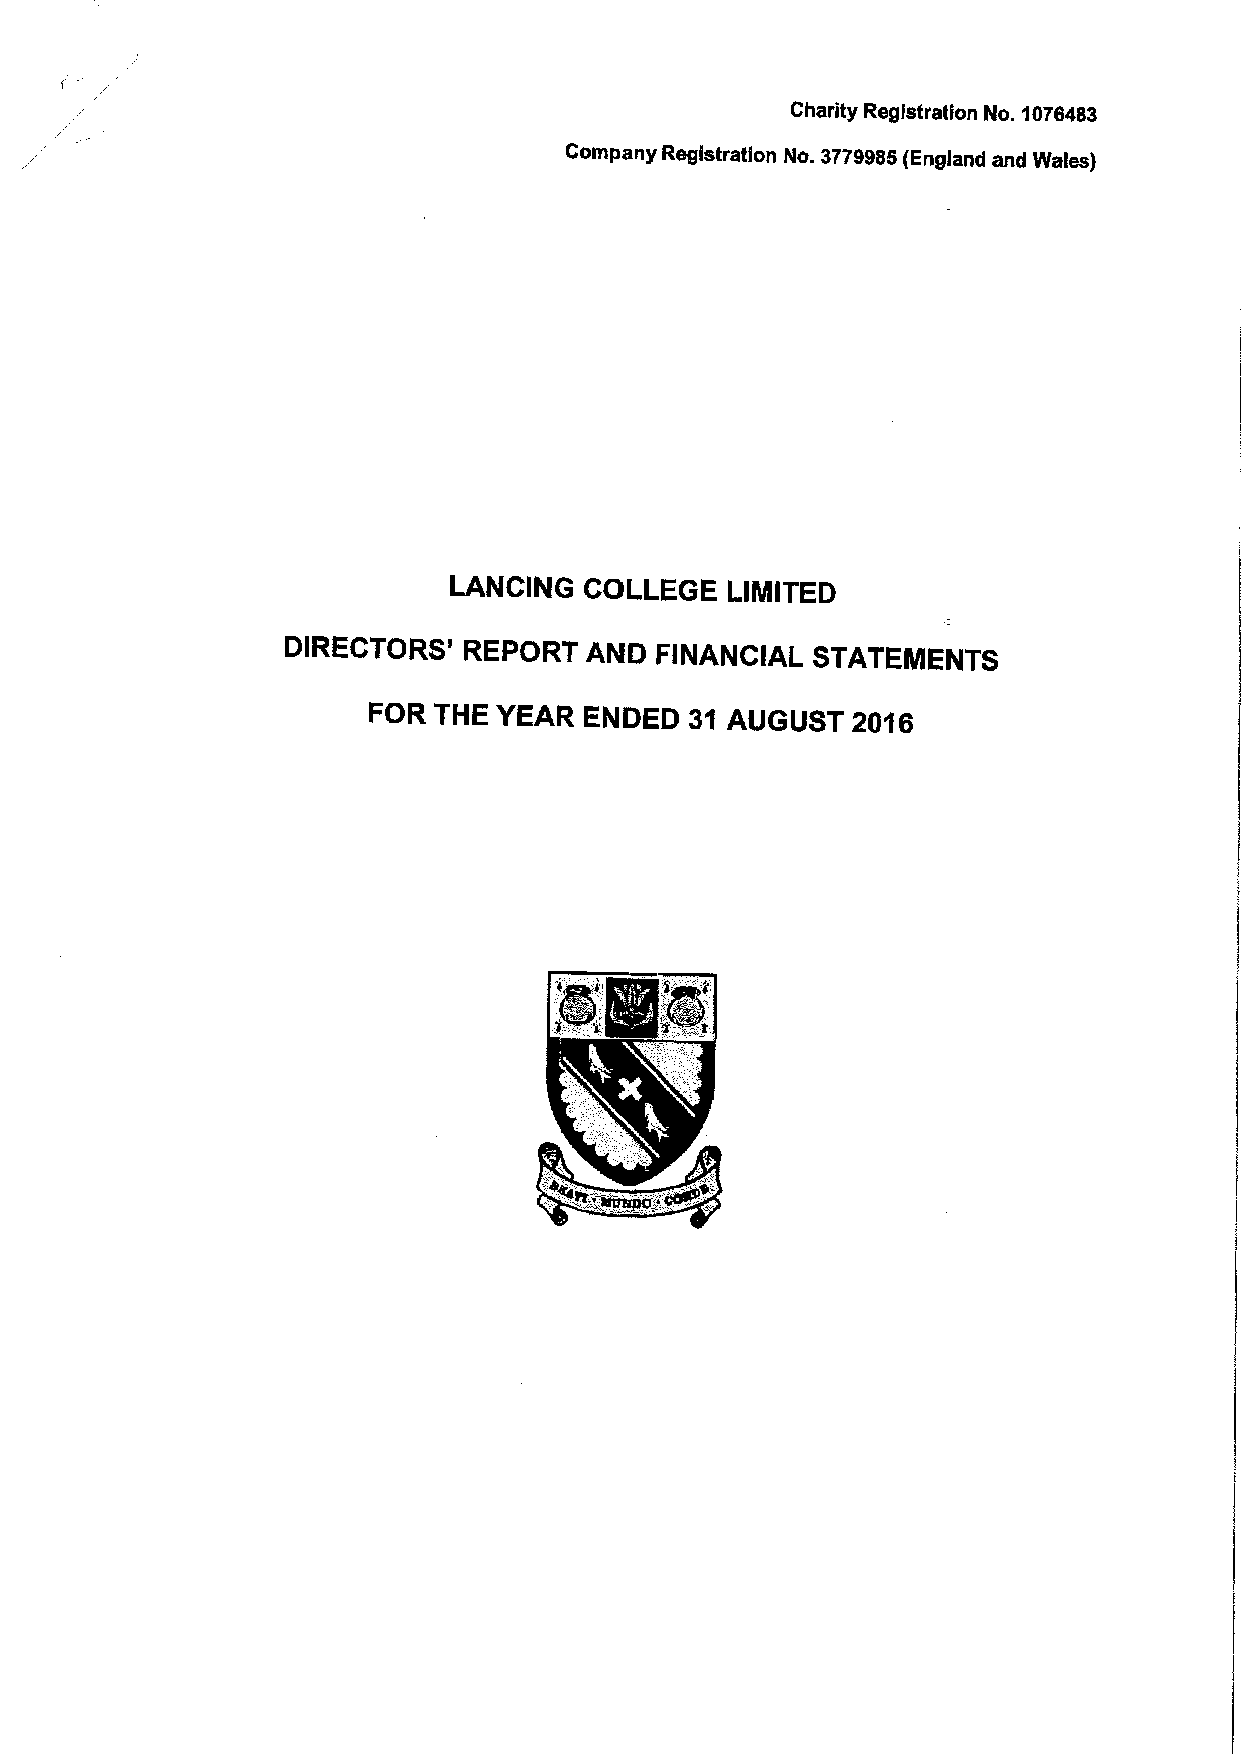
Charity Registration No. 1076483
 Company Registration No. 3779985(England and Wales)
 LANCING  COLLEGE  LIMITED
 DIRECTORS'  REPORT  AND FINANCIAL  STATEMENTS
 FOR  THE YEAR  ENDED  31 AUGUST 20'Ie